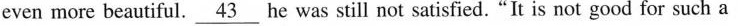
even more beautiful. \underline{43} he was still not satisfied. "It is not good for such a